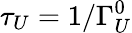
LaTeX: \tau_{U}=1/\Gamma_{U}^{0}